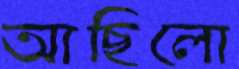
আছিলো